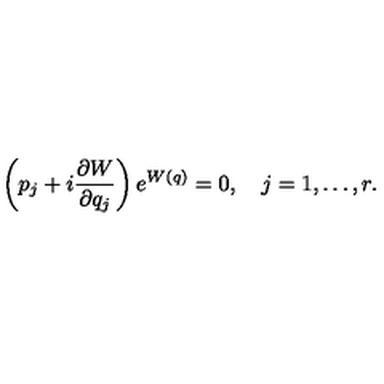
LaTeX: \left( p _ { j } + i { \frac { \partial W } { \partial q _ { j } } } \right) e ^ { W ( q ) } = 0 , \quad j = 1 , \ldots , r .